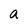
Character: a